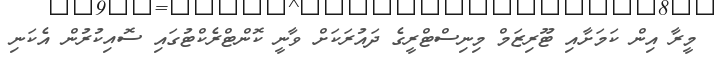
މީރާ އިން ކަމަށާއި ޓޫރިޒަމް މިނިސްޓްރީގެ ދައުރަކަށް ވާނީ ކޮންޓްރެކްޓުގައި ސޮއިކުރުން އެކަނި